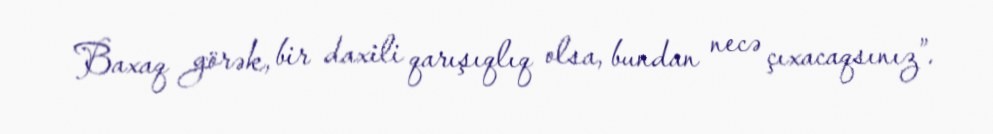
Baxaq görək, bir daxili qarışıqlıq olsa, bundan necə çıxacaqsınız”.